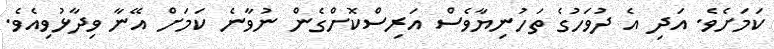
ކަމަށެވެ. އަދި އެ ދުވަހުގެ ތަހުނިޔާވެސް އަރިސްކޮށްގެން ނުވާނެ ކަމަށް އޭނާ ވިދާޅުވިއެވެ.